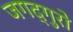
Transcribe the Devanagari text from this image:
जगद्गुरो